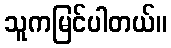
သူကမြင်ပါတယ်။